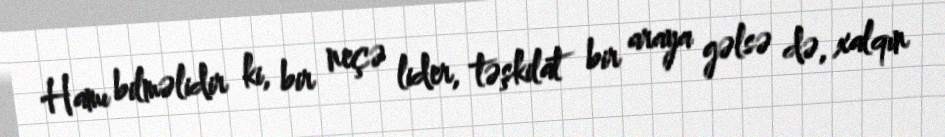
Hamı bilməlidir ki, bir neçə lider, təşkilat bir araya gəlsə də, xalqın